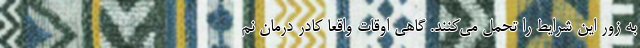
به زور این شرایط را تحمل می‌کنند. گاهی اوقات واقعاً کادر درمان نم